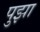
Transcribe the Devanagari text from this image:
पुझा